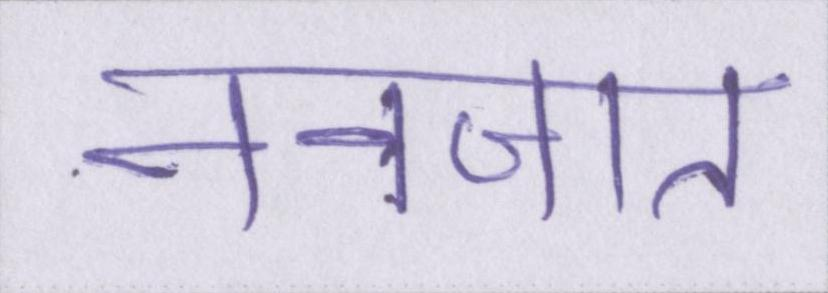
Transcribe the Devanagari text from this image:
नवजात